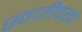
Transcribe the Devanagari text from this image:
स्वजीवत्वं